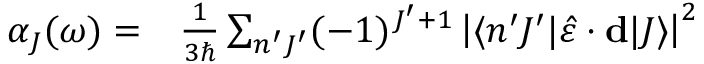
\begin{array} { r l } { \alpha _ { J } ( \omega ) = } & { { } \frac { 1 } { 3 \hbar } \sum _ { n ^ { \prime } J ^ { \prime } } ( - 1 ) ^ { J ^ { \prime } + 1 } \left| \langle n ^ { \prime } J ^ { \prime } | \hat { \varepsilon } \cdot \mathbf { d } | J \rangle \right| ^ { 2 } } \end{array}